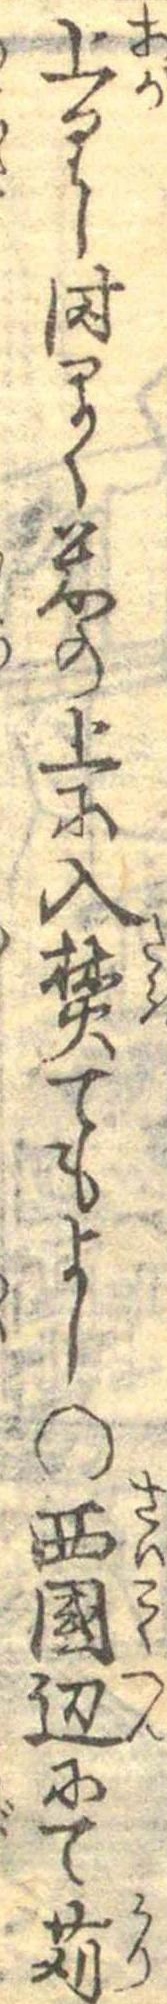
上りし時早く米の上に入焚てもよし○西国辺にて苅